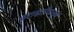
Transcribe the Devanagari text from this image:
दलदलीपासून